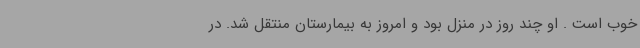
خوب است . او چند روز در منزل بود و امروز به بیمارستان منتقل شد. در